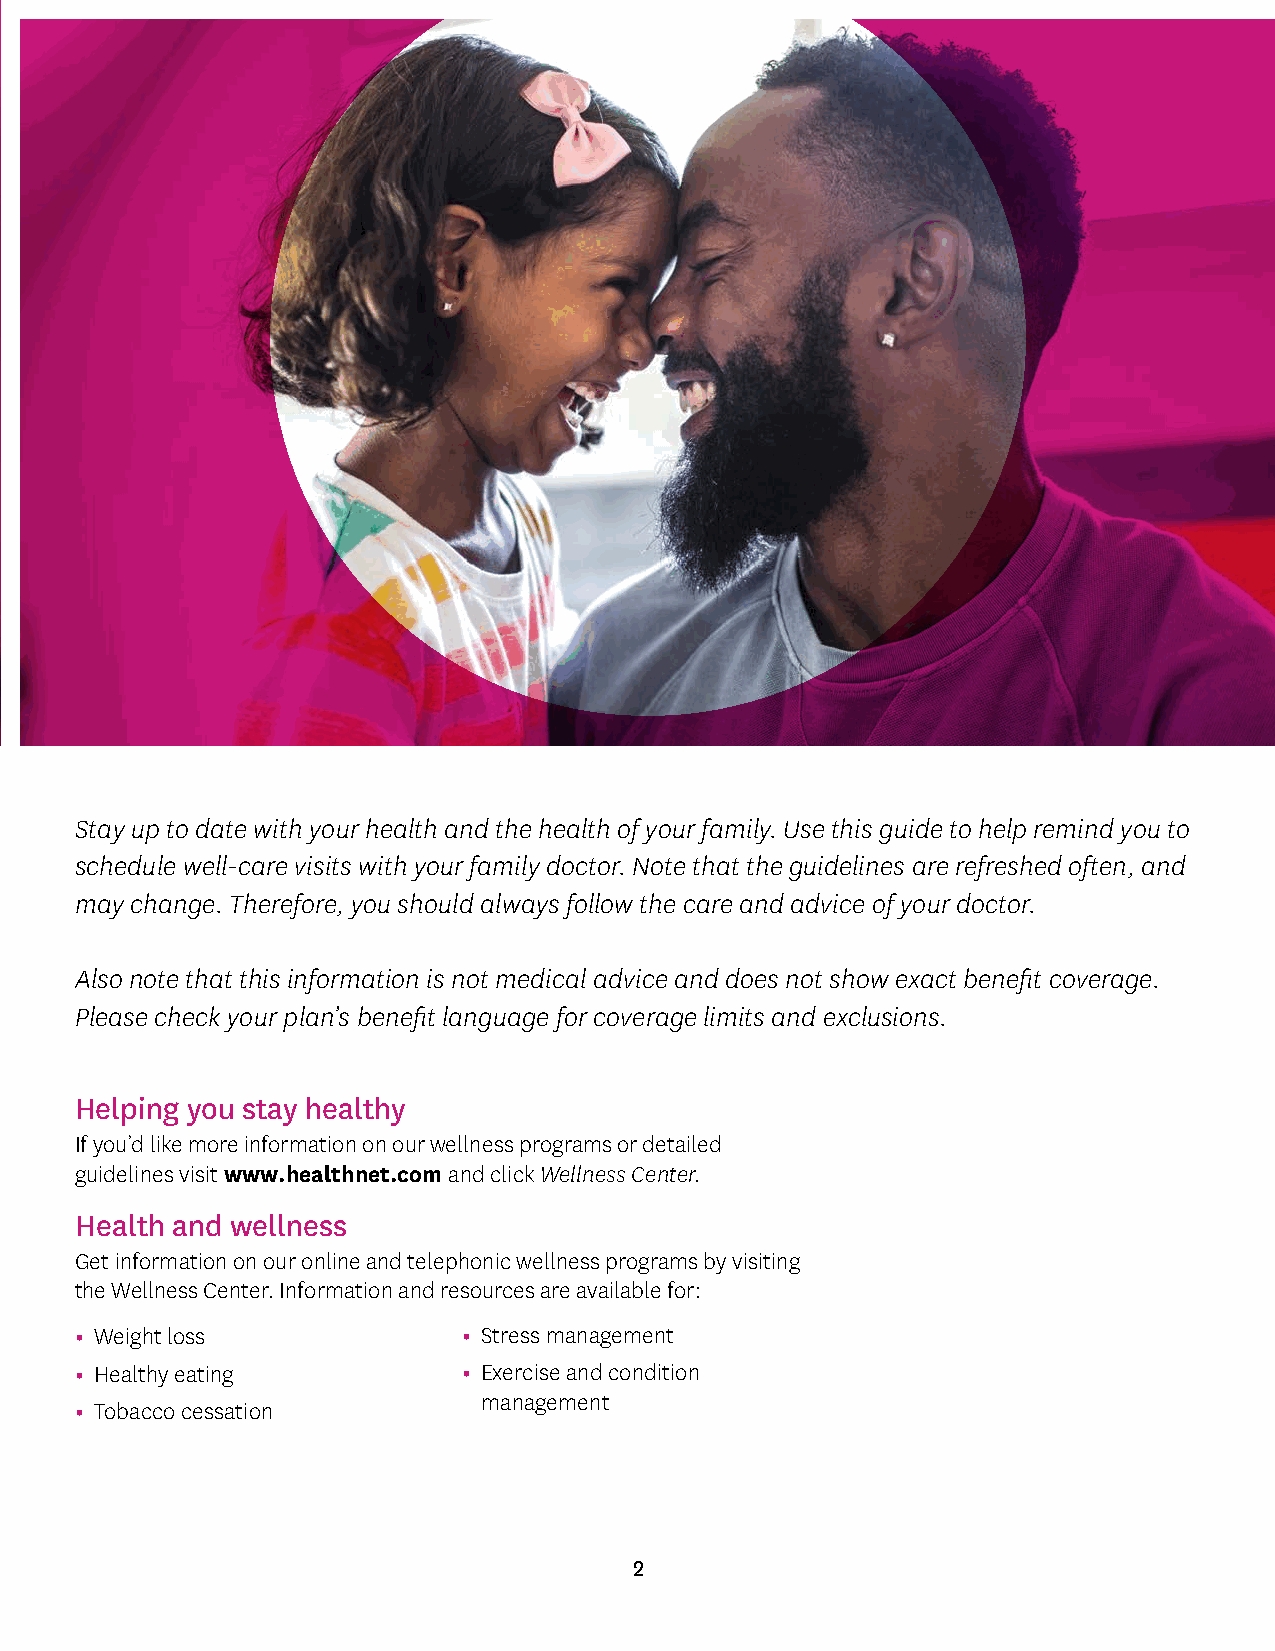
Stay up to date with your health and the health of your family. Use this guide to help remind you to
 schedule well-care visits with your family doctor. Note that the guidelines are refreshed often, and
 may change. Therefore, you should always follow the care and advice of your doctor.
 Also note that this information is not medical advice and does not show exact benefit coverage.
 Please check your plan’s benefit language for coverage limits and exclusions.
 Helping you stay healthy
 If you’d like more information on our wellness programs or detailed
 guidelines visit www.healthnet.com and click Wellness Center.
 Health and wellness
 Get information on our online and telephonic wellness programs by visiting
 the Wellness Center. Information and resources are available for:
 • Weight loss             • Stress management
 • Healthy eating          • Exercise and condition
 management
 • Tobacco cessation
 2